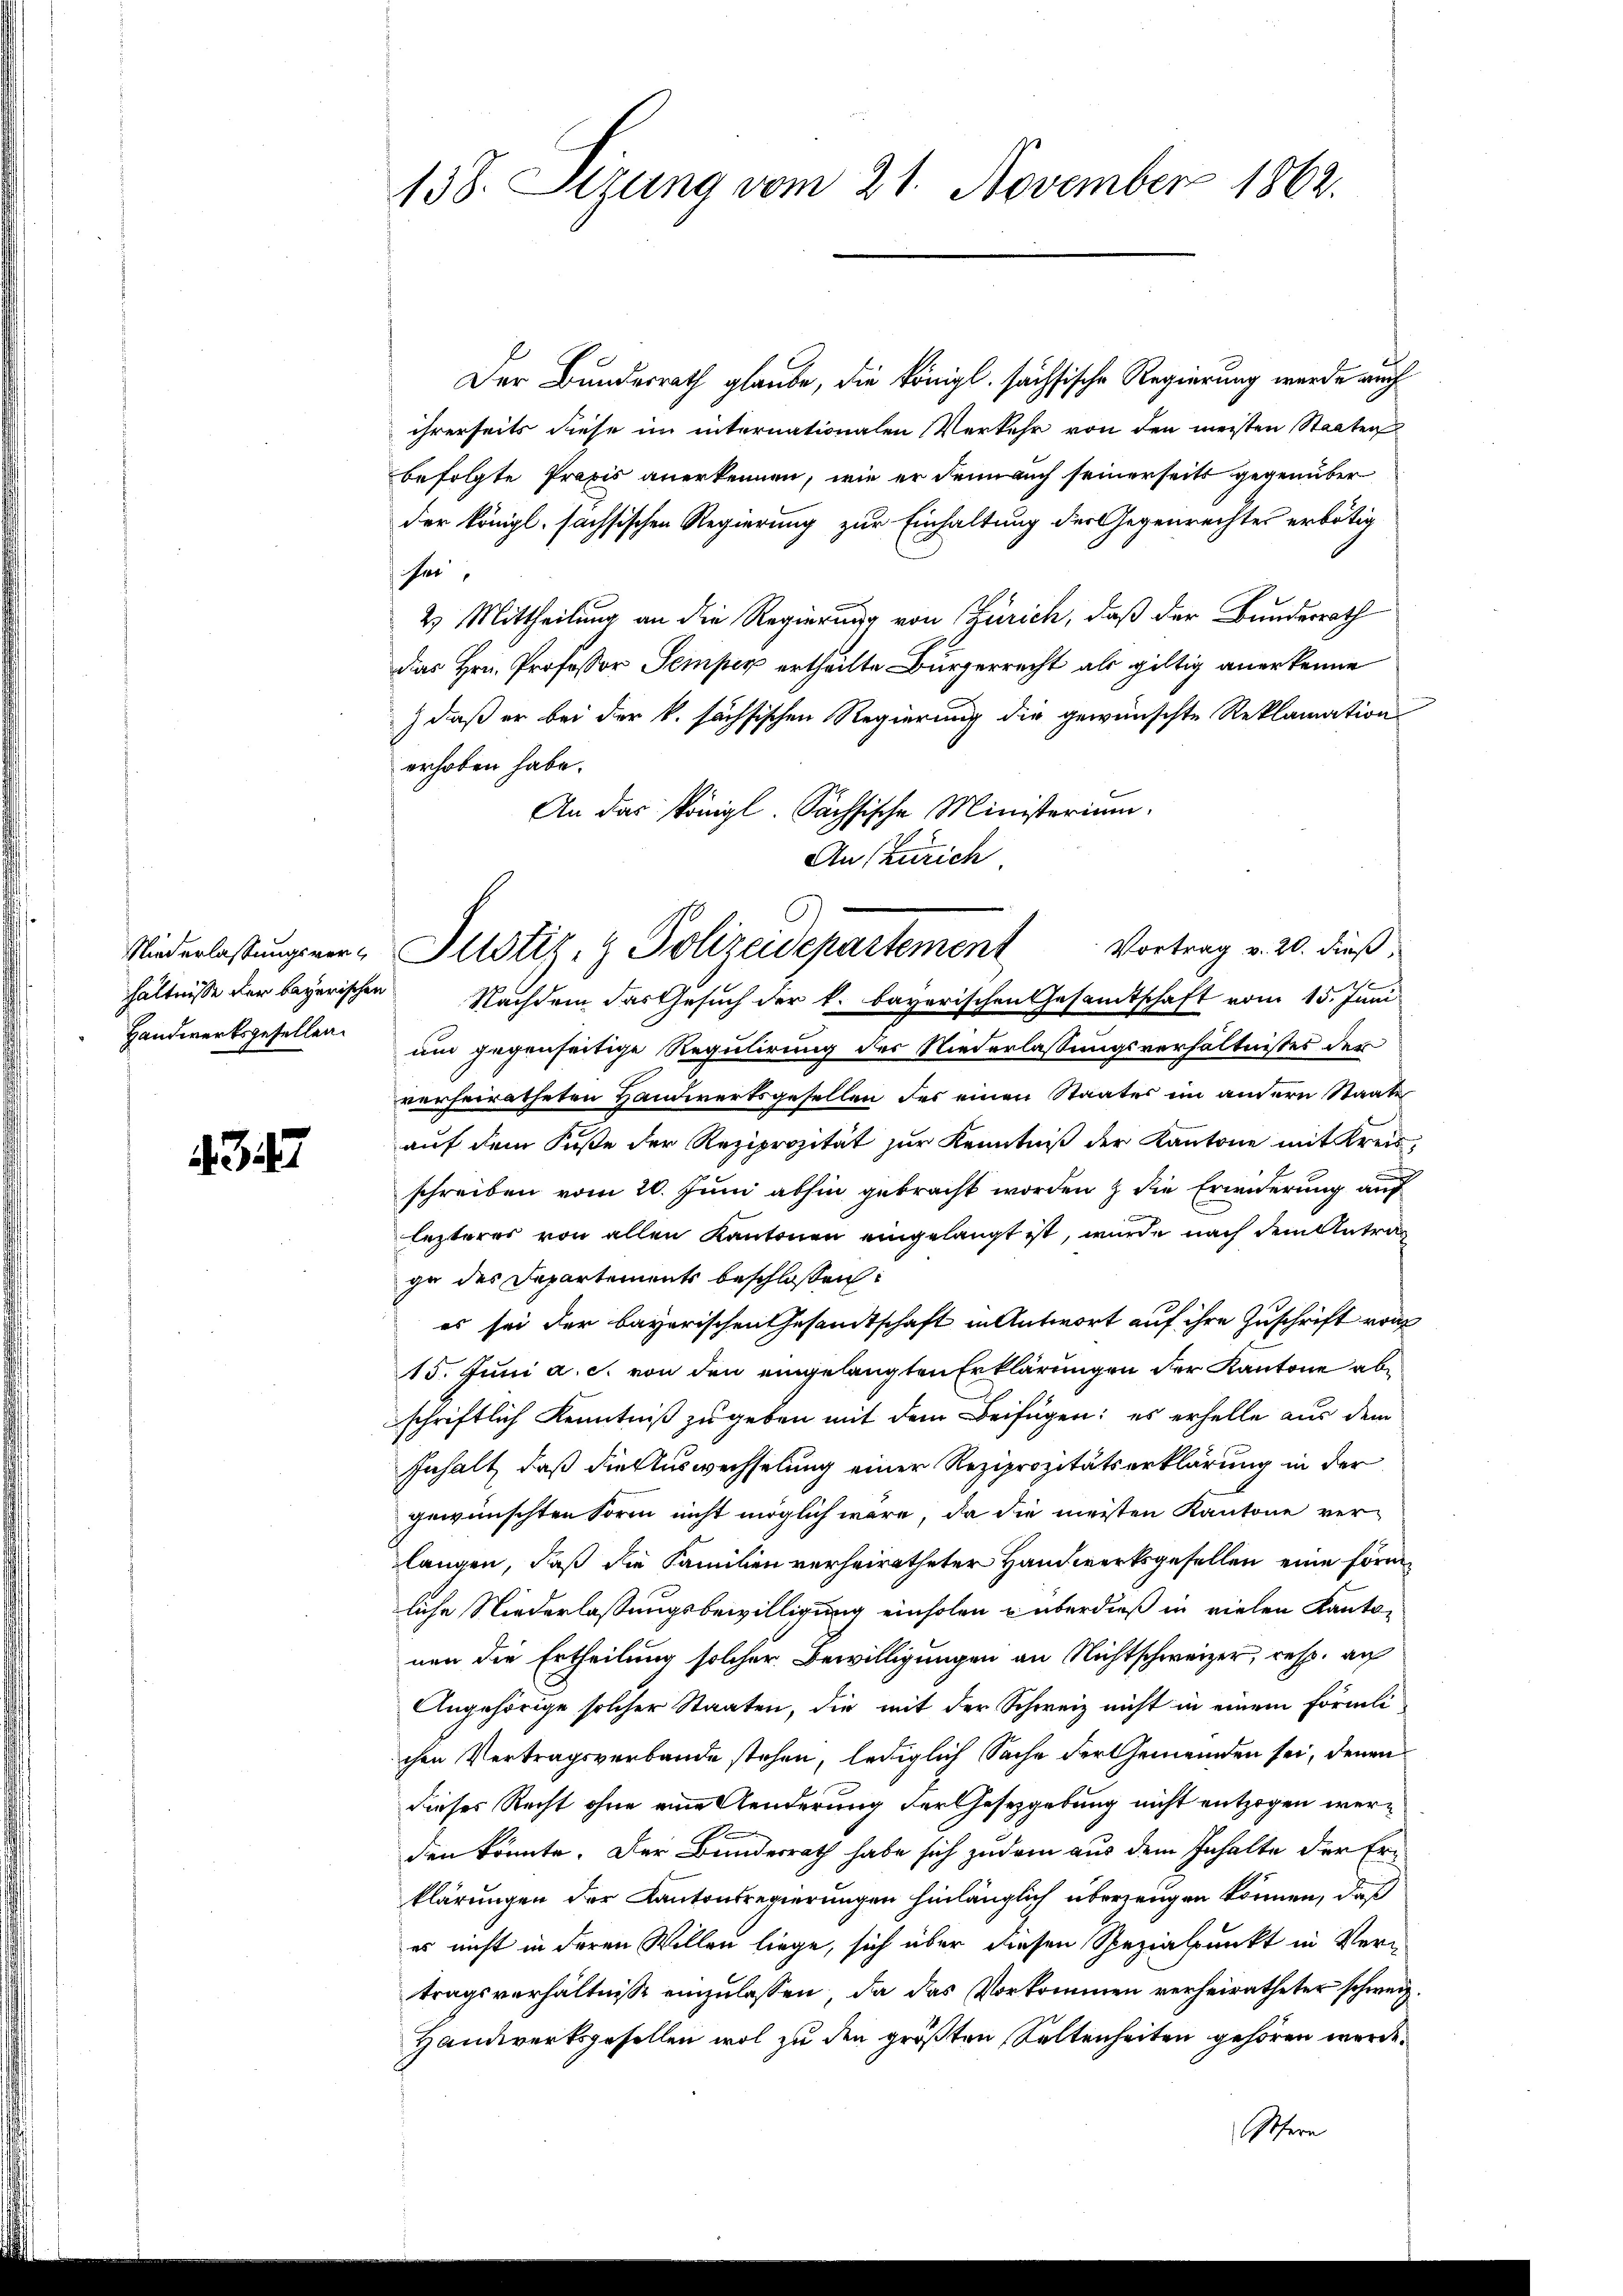
3

138. Sizung vom 21. November 1862.

Der Bundesrath glaube, die königl. sächsische Regierung wurde auch
ihrerseits diese im internationalen Verkehr von den meisten Staaten
befolgte Praxis anerkennen, wie er denn auch seinerseits gegenüber
der königl. sachsischen Regierung zur Einhaltung der Gegenrechtes erbötig
her,
2) Mittheilung an die Regierung von Zürich, daß der Bundesrath
das Hrn. Professor Semper ertheilte Bürgerrecht als giltig anerkenne
) daß er bei der k. sächsischen Regierung die gewünschte Reklamation
erhoben habe.
An das Königl. Sächsische Ministerium.
hältnisse der bayerischen Nachdem das Gesuch der k. bayerischen Gesamtschaft vom 15. Juni
Handwerksgesellen am gegenseitige Regulirung des Niederlassungsverhältnisses der
verheiratheten Handwerksgesellen des einen Staates im andern Staate
auf dem Kuste der Reziprozität zur Kenntniß der Kantone mit Kreisg
schreiben vom 20. Juni abhin gebracht worden & die Erwiderung auf
e
lezteres von allen Kantonen eingelangt ist, wurde nach dem Antragge des Departements beschlossen:
es sei der bayerischen Gesandtschaft in Antwort auf ihre Zuschrift von
15. Juni a. c. von den eingelangten Erklärungen der Kantone abe
schriftlich Kenntniß zu geben mit dem Beifügen: es erhelle aus dem
Inhalt, daß die Auswechselung einer Reziprozitätserklärung in der
gewünschten Sorm nicht möglich wäre, da die meisten Kantone ver-
langen, daß die Familien verheiratheter Handwerksgesellen eine förmliche Niederlaßungsbewilligung einholen u überdieß in vielen Kantonen die Ertheilung solcher Bewilligungen an Nichtschweizer, resp. auf
Angehörige solcher Staaten, die mit der Schweiz nicht in einem förmlichen Vertragsverbande stehen, lediglich Sache der Gemeinden sei, denen
dieses Recht ohne eine Aenderung der Gesetzgebung nicht entzogen werden könnte. Der Bundesrath habe sich zu dem aus dem Inhalte der Erklärungen der Kantonsregierungen hinlänglich überzeugen können, daß
es nicht in deren Wollen liege, sich über diesen Spezialpunkt in Ver-
tragsverhältnisse einzulassen, da das Vorkommen verheiratheter schweiz.
Handwerksgesellen wol zu den größten Kaltenheiten gehören werde.

An Zürich.
Vortrag v. 20. dieß,
Niederlastungener Justiz- & Polizeidepartement